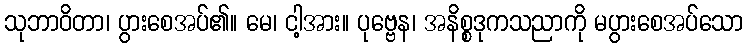
သုဘာဝိတာ၊ ပွားစေအပ်၏။ မေ၊ ငါ့အား။ ပုဗ္ဗေန၊ အနိစ္စဒုကသညာကို မပွားစေအပ်သော